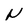
Character: N